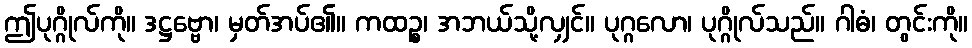
ဤပုဂ္ဂိုလ်ကို။ ဒဋ္ဌဗ္ဗော၊ မှတ်အပ်၏။ ကထဉ္စ၊ အဘယ်သို့လျှင်။ ပုဂ္ဂလော၊ ပုဂ္ဂိုလ်သည်။ ဂါဓံ၊ တွင်းကို။